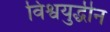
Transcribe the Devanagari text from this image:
विश्वयुद्धीन